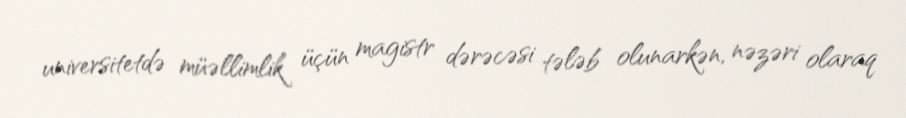
universitetdə müəllimlik üçün magistr dərəcəsi tələb olunarkən, nəzəri olaraq